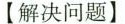
【解决问题】